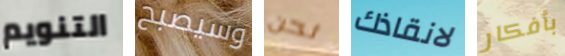
التنويم وسيصبح نحن لانقاذك بأفكار